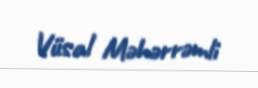
Vüsal Məhərrəmli